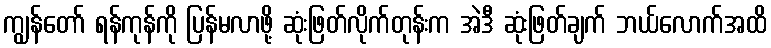
ကျွန်တော် ရန်ကုန်ကို ပြန်မလာဖို့ ဆုံးဖြတ်လိုက်တုန်းက အဲဒီ ဆုံးဖြတ်ချက် ဘယ်လောက်အထိ